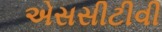
એસસીટીવી